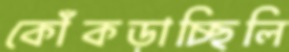
কোঁকড়াচ্ছিলি